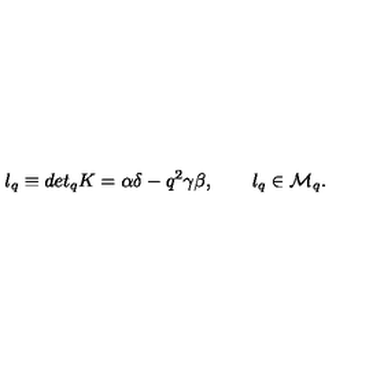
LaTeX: l _ { q } \equiv d e t _ { q } K = \alpha \delta - q ^ { 2 } \gamma \beta , \qquad l _ { q } \in { \cal M } _ { q } .